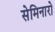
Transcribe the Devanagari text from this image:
सेमिनारो